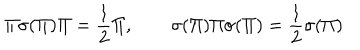
\Pi \sigma ( \Pi ) \Pi = \frac { 1 } { 2 } \Pi , \qquad \sigma ( \Pi ) \Pi \sigma ( \Pi ) = \frac { 1 } { 2 } \sigma ( \Pi )